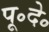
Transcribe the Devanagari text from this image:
पू॰दे॰